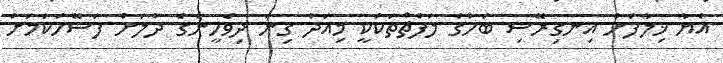
އެޔާ ޚިލާފަށް އިނގިރޭސި ބަހުގެ ލަފްޡްތަކަކީ މިއަދު ގިނަ ދިވެހީންގެ ދުލަށް ފަސޭހަކަމަށް